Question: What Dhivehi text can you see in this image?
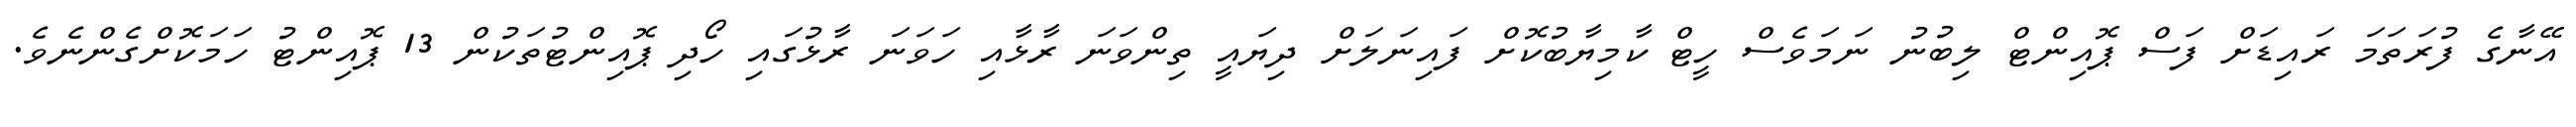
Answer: އޭނާގެ ފުރަތަމަ ރައިޑަށް ފަސް ޕޮއިންޓް ލިބުނު ނަމަވެސް ހީޓް ކާމިޔާބުކޮށް ފައިނަލަށް ދިޔައީ ތިންވަނަ ރާޅާއި ހަވަނަ ރާޅުގައި ހޯދި ޕޮއިންޓުތަކުން 13 ޕޮއިންޓު ހަމަކޮށްގެންނެވެ.